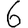
Digit: 6